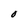
Character: O